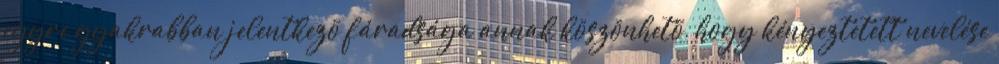
egyre gyakrabban jelentkezõ fáradsága annak köszönhetõ, hogy kényeztetett nevelése